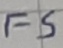
Text: FS